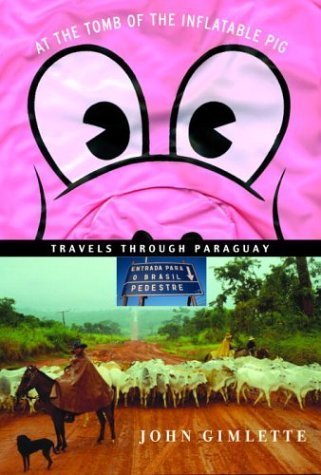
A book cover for At the Tomb of the Inflatable Pig: Travels Through Paraguay by John Gimlette (2004) Hardcover; John Gimlette; Travel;